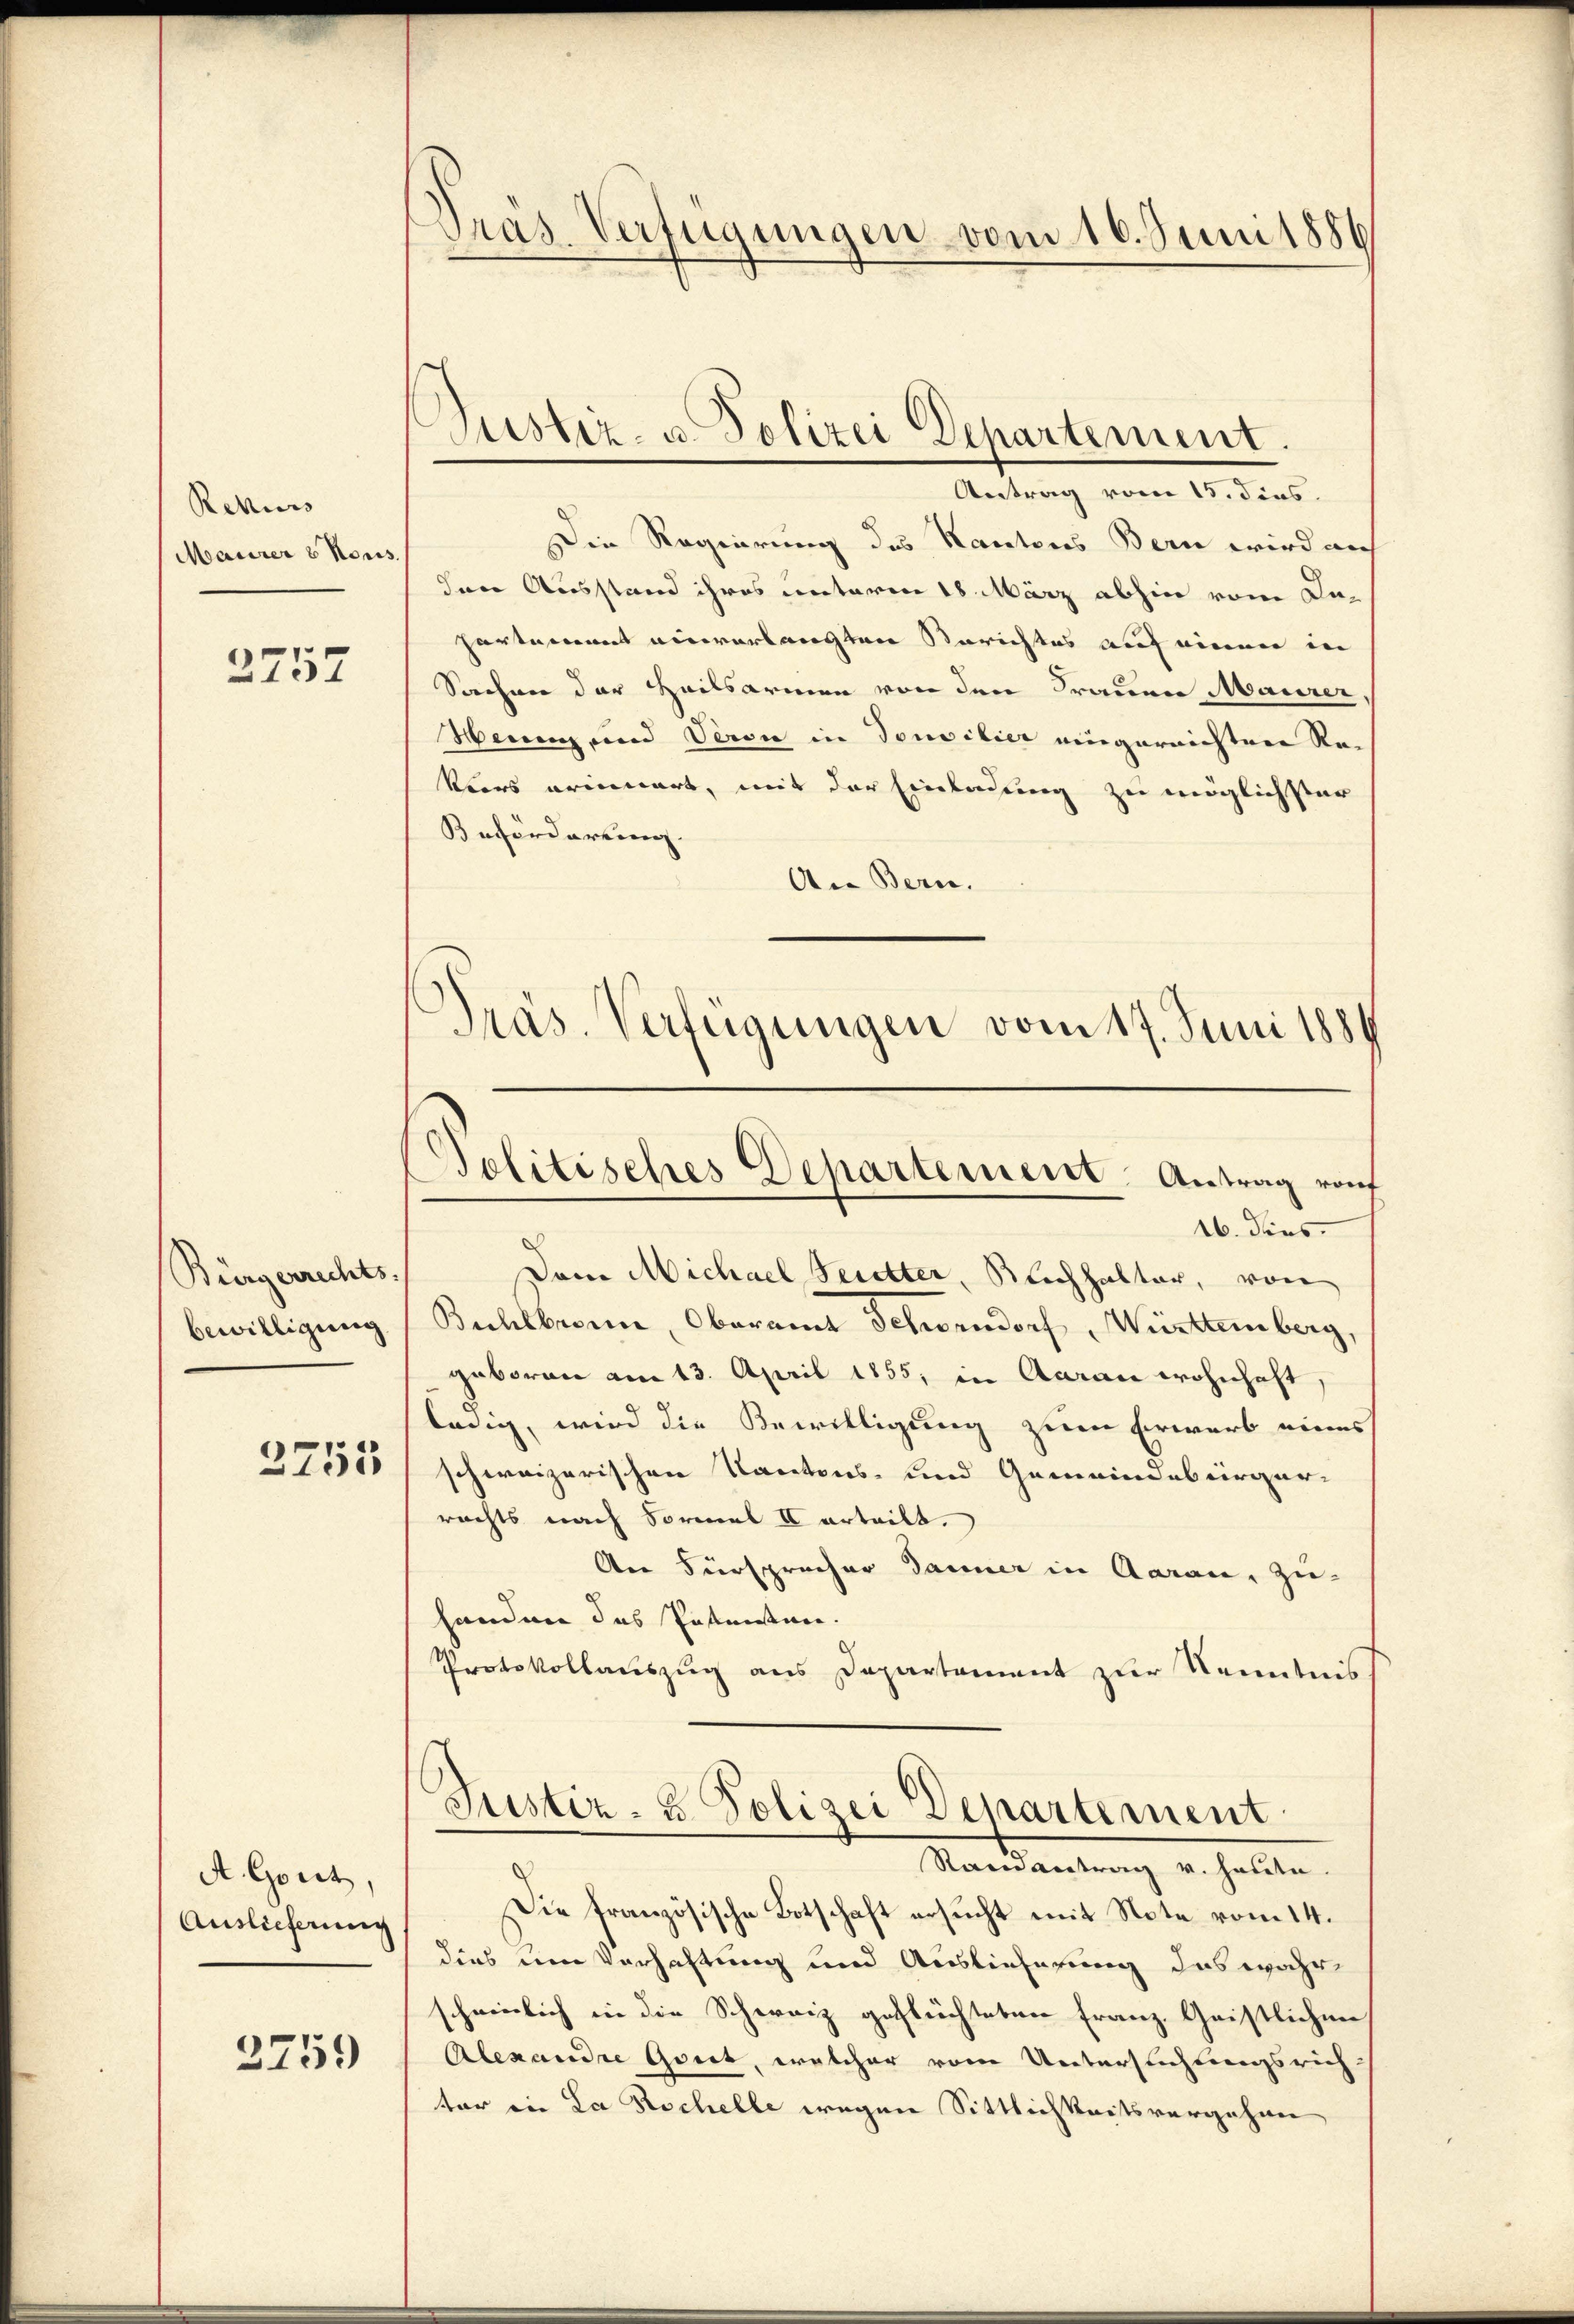
Rekurs
Maurer 6 Mons.

2757

Bürgerrechts-
bewilligung

2753

A. Gott,
Auslieferung

3759

Pras. Verfügungen vom 16. Juni 1886

Justiz- u. Polizei Departement.

Antrag vom 15. dies
Die Regierung des Kantons Bern wird auch
den Ausstand ihres unterm 18. März abhin vom De-
hartement einverlangten Berichtes auf einen in
Sachen der Heilsarmen von den Frauen Maurer,
Henen und Veron in Tonsilier eingarnichten Re¬
Voors erinnert, mit der Einladung zu möglichster
Beforderung.
An Bern.
16. dies
Dem Michael Secetter, Reichhalter, von
Bichlbronn, Oberamt Schorndorf, Württemberg.
geboren am 13. April 1855, in Aaran wohnhaft
ledig, wird die Bewilligung zum Erwarb eines
schweizerischen Kantons- und Gemeindebürger-
rechts nach Formal II erteilt.
An Fürsprecher danner in Aarau, zu-
handen das Postensten.
Protokollauszug aus Departament zur Kenntnis
Justiz- & Polizei Departement
Mandantung von halten.
Die französische Botschaft ersucht mit Note vom 14.
dies um Verhaltung und Auslieferung das wahr
scheinlich in die Schweiz gefleichteten Franz. Geistlichen
Alexandre Griet, welcher vom Untersuchungsrich
ter in La Rochelle wegen Sittlichkeitsvergehen

Präs. Verfügungen vom 17. Juni 1884

Politisches Departement. Antrag rof